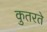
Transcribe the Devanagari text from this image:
कुतरते